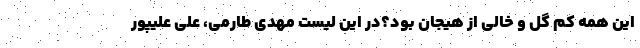
این همه کم گل و خالی از هیجان بود؟در این لیست مهدی طارمی، علی علیپور